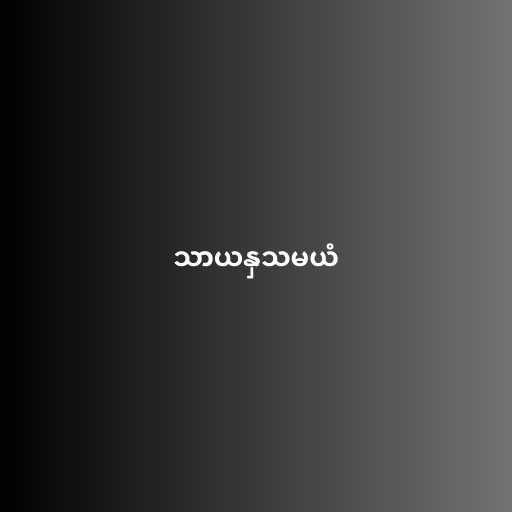
သာယနှသမယံ